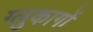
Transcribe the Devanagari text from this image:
ग्लुकागों